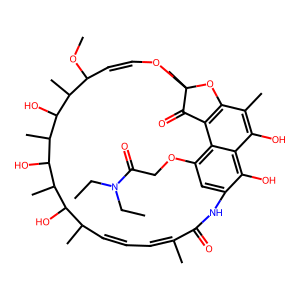
SMILES: CCN(CC)C(=O)COc1cc2c(O)c3c(O)c(C)c4c(c13)C(=O)C(C)(OC=CC(OC)C(C)C(O)C(C)C(O)C(C)C(O)C(C)C=CC=C(C)C(=O)N2)O4
Inhibits HIV replication: No